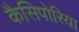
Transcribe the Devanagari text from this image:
कैसिपोरिया